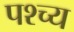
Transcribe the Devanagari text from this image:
पश्च्य